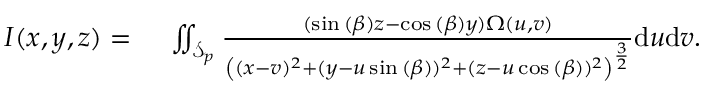
\begin{array} { r l } { I ( x , y , z ) = { } } & { { } \iint _ { \mathcal { S } _ { p } } \frac { ( \sin { ( \beta ) } z - \cos { ( \beta ) } y ) \Omega ( u , v ) } { \left( ( x - v ) ^ { 2 } + ( y - u \sin { ( \beta ) } ) ^ { 2 } + ( z - u \cos { ( \beta ) } ) ^ { 2 } \right) ^ { \frac { 3 } { 2 } } } \mathrm { d } u \mathrm { d } v . } \end{array}